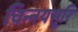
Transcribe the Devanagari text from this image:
चिन्नयसूरि